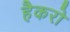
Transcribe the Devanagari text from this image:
हैकरो